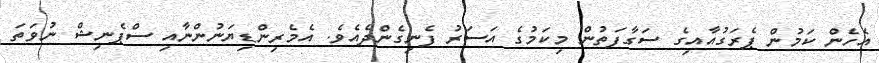
އެހެން ކަމުން ޕެރަގުއާއިގެ ސަގާފަތުން މިކަމުގެ އަސަރު ފެނިގެންދެއެވެ. އެމެރިންޑިޔަނުންނާއި ސްޕެނިޝް ނުވަތަ